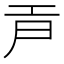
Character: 𢀞